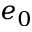
e _ { 0 }